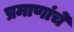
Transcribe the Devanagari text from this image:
प्रमाणांचे